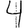
Digit: 4